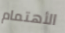
الأهتمام